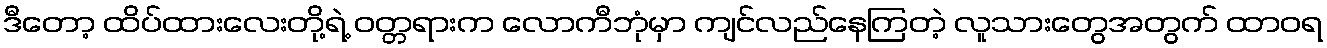
ဒီတော့ ထိပ်ထားလေးတို့ရဲ့ ဝတ္တရားက လောကီဘုံမှာ ကျင်လည်နေကြတဲ့ လူသားတွေအတွက် ထာဝရ